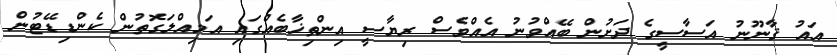
އައު ޤާނޫނު އަސާސީގެ ދަށުން ބޭއްވުނު އެއްވެސް ރިޔާސީ އިންތިޚާބެއްގައި އަމިއްލަގޮތުން ކެންޑިޑޭޓުން